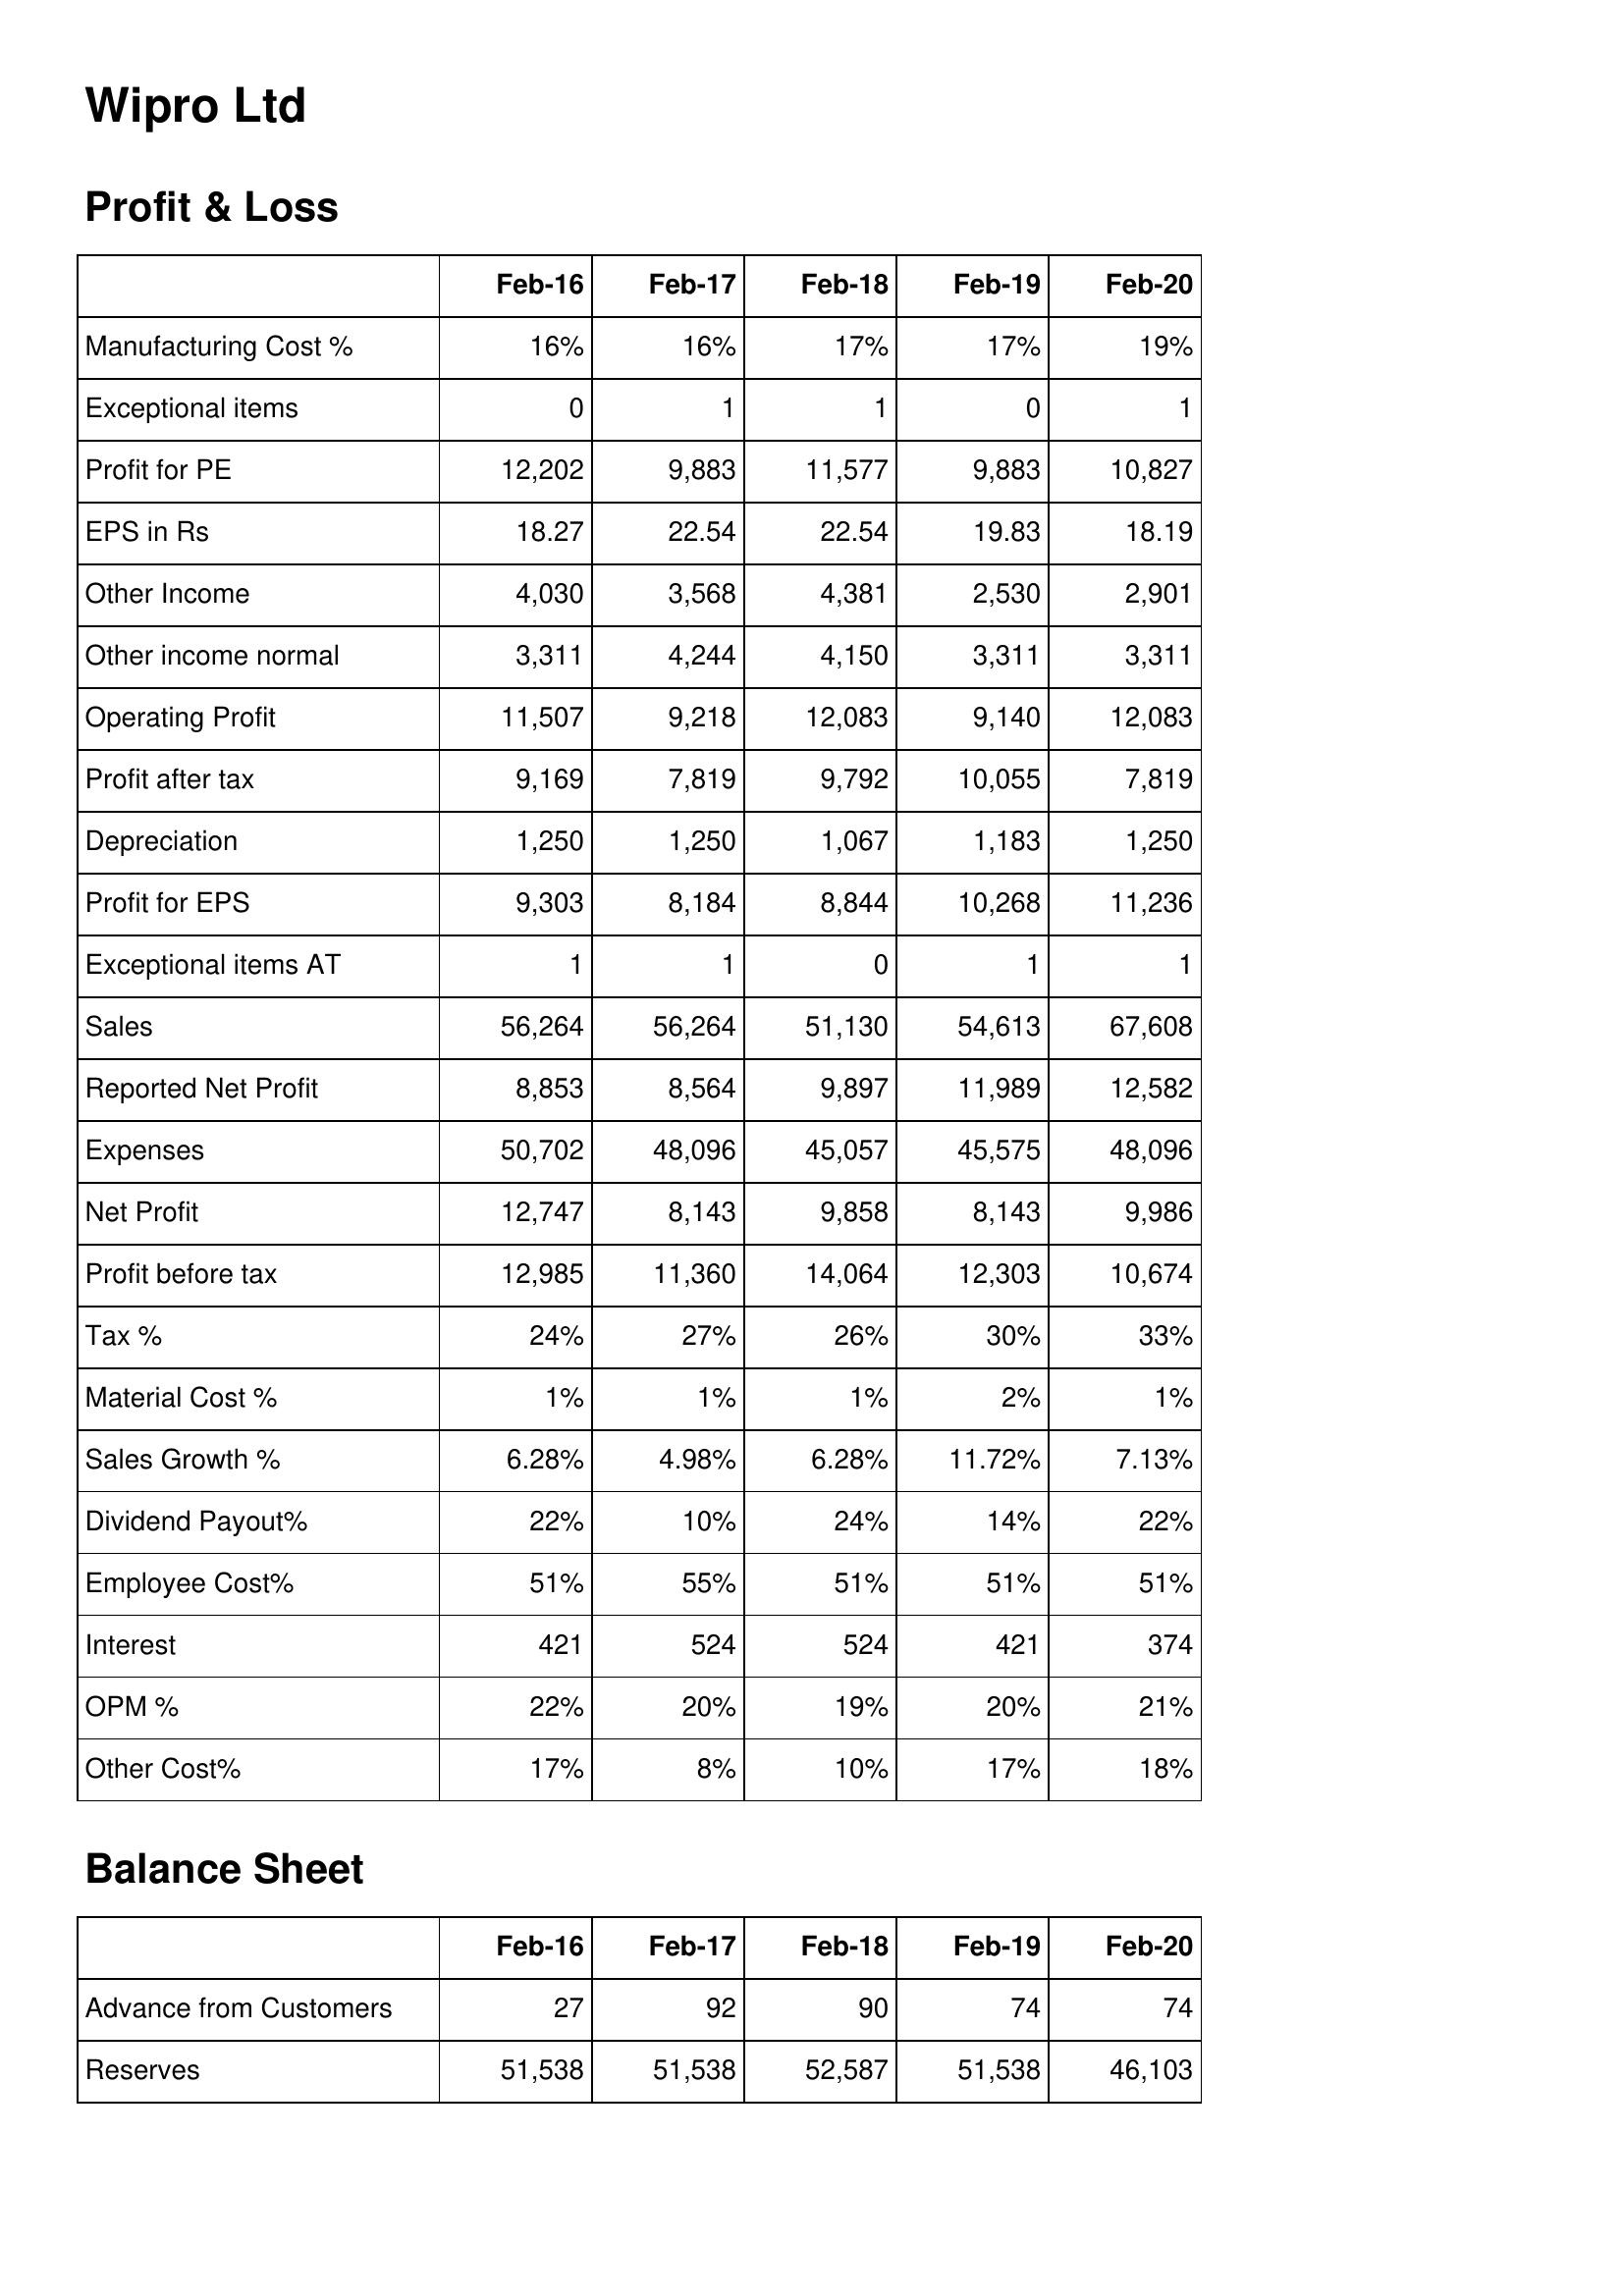
Feb-16: Profit & Loss: Manufacturing Cost %: 16%
Exceptional items: 0
Profit for PE: 12,202
EPS in Rs: 18.27
Other Income: 4,030
Other income normal: 3,311
Operating Profit: 11,507
Profit after tax: 9,169
Depreciation: 1,250
Profit for EPS: 9,303
Exceptional items AT: 1
Sales: 56,264
Reported Net Profit: 8,853
Expenses: 50,702
Net Profit: 12,747
Profit before tax: 12,985
Tax %: 24%
Material Cost %: 1%
Sales Growth %: 6.28%
Dividend Payout%: 22%
Employee Cost%: 51%
Interest: 421
OPM %: 22%
Other Cost%: 17%
Balance Sheet: Advance from Customers: 27
Reserves: 51,538
Feb-17: Profit & Loss: Manufacturing Cost %: 16%
Exceptional items: 1
Profit for PE: 9,883
EPS in Rs: 22.54
Other Income: 3,568
Other income normal: 4,244
Operating Profit: 9,218
Profit after tax: 7,819
Depreciation: 1,250
Profit for EPS: 8,184
Exceptional items AT: 1
Sales: 56,264
Reported Net Profit: 8,564
Expenses: 48,096
Net Profit: 8,143
Profit before tax: 11,360
Tax %: 27%
Material Cost %: 1%
Sales Growth %: 4.98%
Dividend Payout%: 10%
Employee Cost%: 55%
Interest: 524
OPM %: 20%
Other Cost%: 8%
Balance Sheet: Advance from Customers: 92
Reserves: 51,538
Feb-18: Profit & Loss: Manufacturing Cost %: 17%
Exceptional items: 1
Profit for PE: 11,577
EPS in Rs: 22.54
Other Income: 4,381
Other income normal: 4,150
Operating Profit: 12,083
Profit after tax: 9,792
Depreciation: 1,067
Profit for EPS: 8,844
Exceptional items AT: 0
Sales: 51,130
Reported Net Profit: 9,897
Expenses: 45,057
Net Profit: 9,858
Profit before tax: 14,064
Tax %: 26%
Material Cost %: 1%
Sales Growth %: 6.28%
Dividend Payout%: 24%
Employee Cost%: 51%
Interest: 524
OPM %: 19%
Other Cost%: 10%
Balance Sheet: Advance from Customers: 90
Reserves: 52,587
Feb-19: Profit & Loss: Manufacturing Cost %: 17%
Exceptional items: 0
Profit for PE: 9,883
EPS in Rs: 19.83
Other Income: 2,530
Other income normal: 3,311
Operating Profit: 9,140
Profit after tax: 10,055
Depreciation: 1,183
Profit for EPS: 10,268
Exceptional items AT: 1
Sales: 54,613
Reported Net Profit: 11,989
Expenses: 45,575
Net Profit: 8,143
Profit before tax: 12,303
Tax %: 30%
Material Cost %: 2%
Sales Growth %: 11.72%
Dividend Payout%: 14%
Employee Cost%: 51%
Interest: 421
OPM %: 20%
Other Cost%: 17%
Balance Sheet: Advance from Customers: 74
Reserves: 51,538
Feb-20: Profit & Loss: Manufacturing Cost %: 19%
Exceptional items: 1
Profit for PE: 10,827
EPS in Rs: 18.19
Other Income: 2,901
Other income normal: 3,311
Operating Profit: 12,083
Profit after tax: 7,819
Depreciation: 1,250
Profit for EPS: 11,236
Exceptional items AT: 1
Sales: 67,608
Reported Net Profit: 12,582
Expenses: 48,096
Net Profit: 9,986
Profit before tax: 10,674
Tax %: 33%
Material Cost %: 1%
Sales Growth %: 7.13%
Dividend Payout%: 22%
Employee Cost%: 51%
Interest: 374
OPM %: 21%
Other Cost%: 18%
Balance Sheet: Advance from Customers: 74
Reserves: 46,103